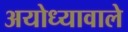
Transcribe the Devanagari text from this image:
अयोध्यावाले